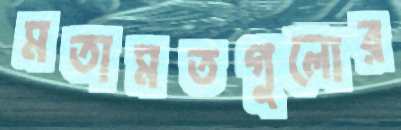
মতামতগুলোর